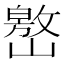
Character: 𱜐